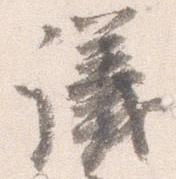
議